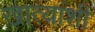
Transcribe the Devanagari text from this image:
खात्यांशी